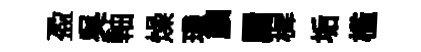
盈呉軸燥璣顔罽穉垢槛